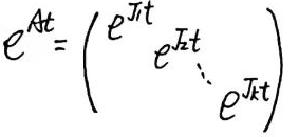
\[
e^{At}=\begin{pmatrix}
e^{J_1t} &  &  & \\
& e^{J_2t} &  & \\
& & \ddots & \\
& & & e^{J_kt}
\end{pmatrix}
\]